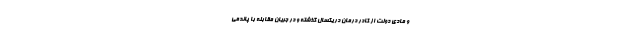
و مادی دولت از کادر درمان در یکسال گذشته و در جریان مقابله با پاندمی